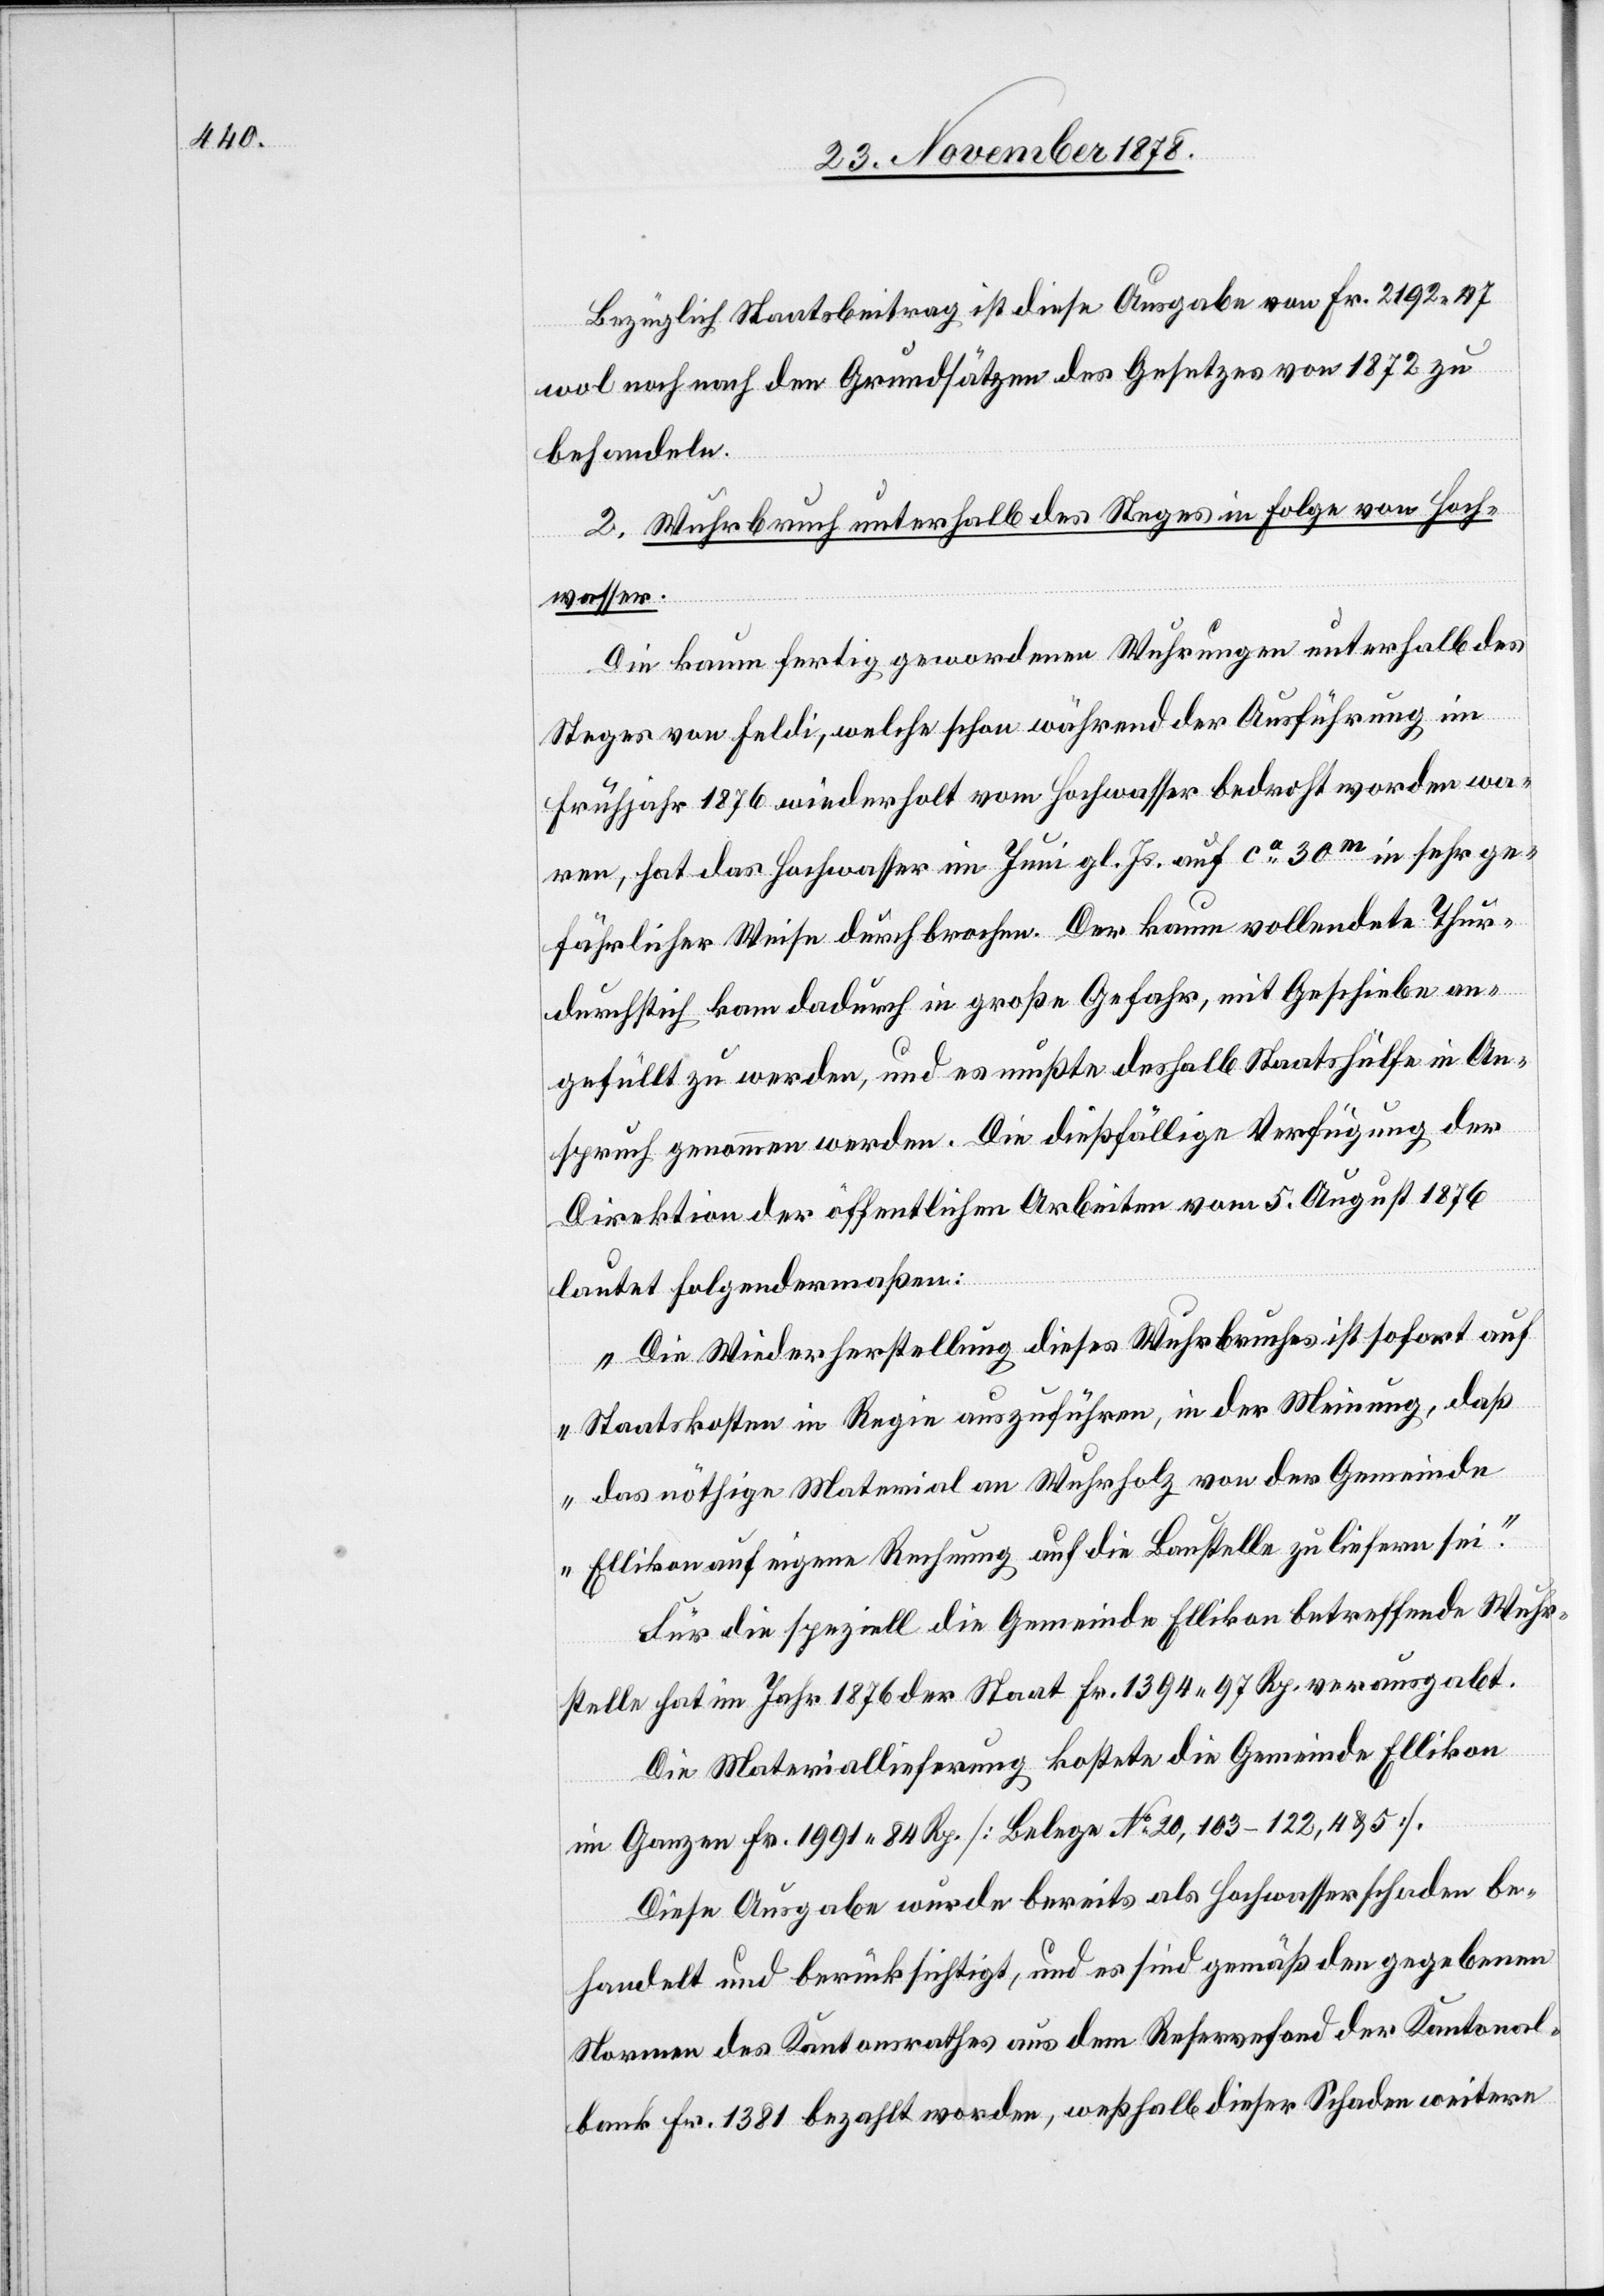
Bezüglich Staatsbeitrag ist diese Ausgabe von Fr. 2192 47
wol noch nach den Grundsätzen des Gesetzes von 1872 zu
behandeln.
2. Wuhrbruch unterhalb des Steges in Folge von Hoch¬
wasser.
Die kaum fertig gewordenen Wuhrungen unterhalb des
Steges von Feldi, welche schon während der Ausführung im
Frühjahr 1876 wiederholt vom Hochwasser bedroht worden wa¬
ren, hat das Hochwasser im Juni gl. Js. auf ca 30m in sehr ge¬
fährlicher Weise durchbrochen. Der kaum vollendete Thur¬
durchstich kam dadurch in große Gefahr, mit Geschiebe an¬
gefüllt zu werden, und es mußte deshalb Staatshülfe in An¬
spruch genommen werden. Die dießfällige Verfügung der
Direktion der öffentlichen Arbeiten vom 5. August 1876
lautet folgendermaßen:
„Die Wiederherstellung dieses Wuhrbruches ist sofort auf
Staatskosten in Regie auszuführen, in der Meinung, daß
das nöthige Material an Wuhrholz von der Gemeinde
Ellikon auf eigene Rechnung auf die Baustelle zu liefern sei.“
Für die speziell die Gemeinde Ellikon betreffende Wuhr¬
stelle hat im Jahr 1876 der Staat Fr. 1394 97 Rp. verausgabt.
Die Materiallieferung kostete die Gemeinde Ellikon
im Ganzen Fr. 1991 84 Rp. [Belege No 20, 103–122, 4 & 5].
Diese Ausgabe wurde bereits als Hochwasserschaden be¬
handelt und berücksichtigt, und es sind gemäß den gegebenen
Normen des Kantonsrathes aus dem Reservefond der Kantonal¬
bank Fr. 1381 bezahlt worden, weßhalb dieser Schaden weitere